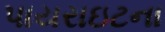
પાયરાઇટના